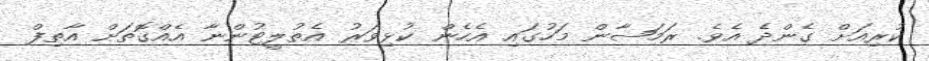
ކުރިއަށް ގެންދެ އެވެ. ރަމަޟާން މަހުގައި އެހެން ކުޅިވަރު އެތުލީޓުންނާ އެއްގޮތަށް އާތިފް